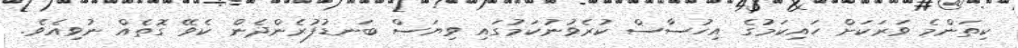
ކިތަންމެ ވަރަކަށް ހައިކަމުގެ އިހުސާސް ކުރެވުނުކަމުގައި ވިޔަސް ބަނޑުފުރެންދެން ކެވޭ ގޮތެއް ނުވިއެވެ.